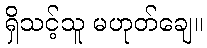
ရှိသင့်သူ မဟုတ်ချေ။